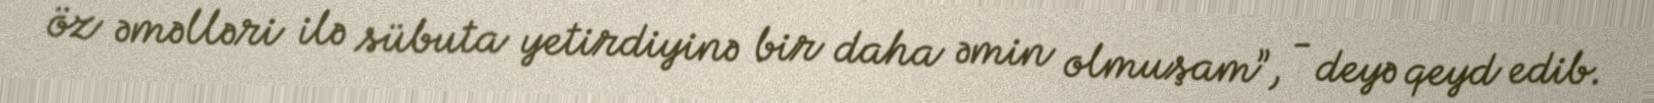
öz əməlləri ilə sübuta yetirdiyinə bir daha əmin olmuşam”, - deyə qeyd edib.